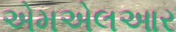
એમએલઆર